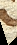
pars